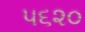
૫૬૨૦